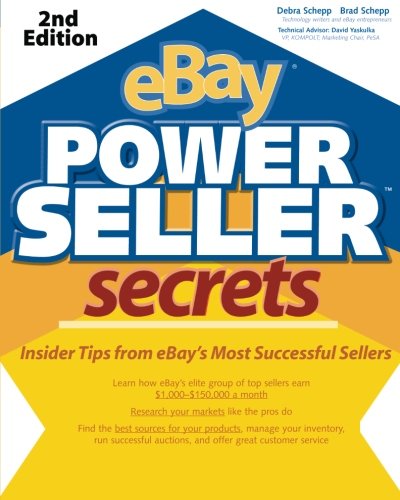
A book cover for eBay PowerSeller Secrets: Insider Tips from eBay's Most Successful Sellers (2nd Edition) (v. 2); Debra Schepp; Computers & Technology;